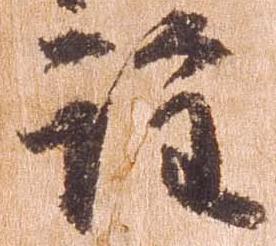
詮